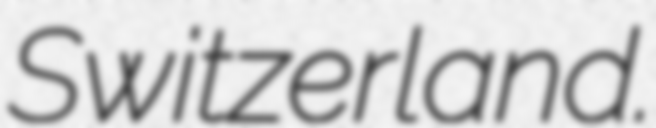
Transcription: Switzerland.